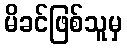
မိခင်ဖြစ်သူမှ